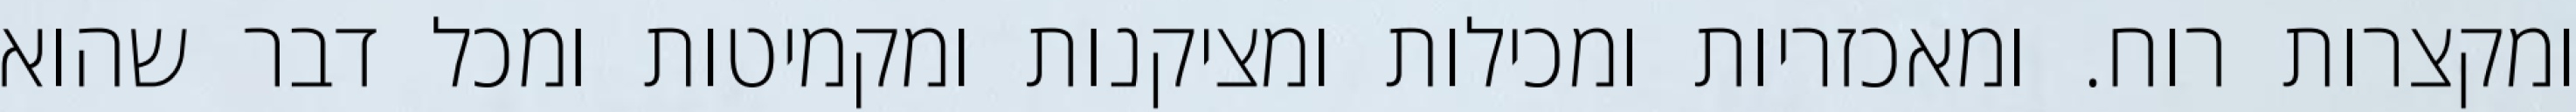
ומקצרות רוח. ומאכזריות ומכילות ומציקנות ומקמיטות ומכל דבר שהוא